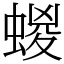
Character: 蝬